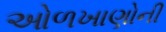
ઓળખાણોની